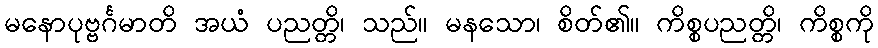
မနောပုဗ္ဗင်္ဂမာတိ အယံ ပညတ္တိ၊ သည်။ မနသော၊ စိတ်၏။ ကိစ္စပညတ္တိ၊ ကိစ္စကို